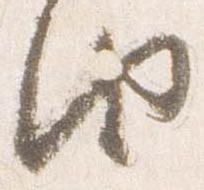
由